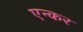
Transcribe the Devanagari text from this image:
एन्कर